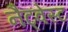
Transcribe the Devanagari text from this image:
नैट्वेस्ट